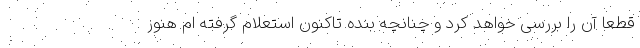
قطعا آن را بررسی خواهد کرد و چنانچه بنده تاکنون استعلام گرفته ام هنوز